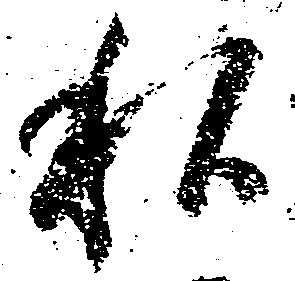
私